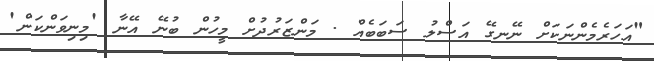
"އަހަރެމެންނަކަށް ނޭނގޭ އަސްލު ސަބަބެއް . މަންޒަރުދުށް މީހުން ބުނޭ އޭނާ 'މިނިވަންކަން'